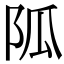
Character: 𨸯